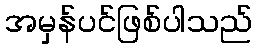
အမှန်ပင်ဖြစ်ပါသည်